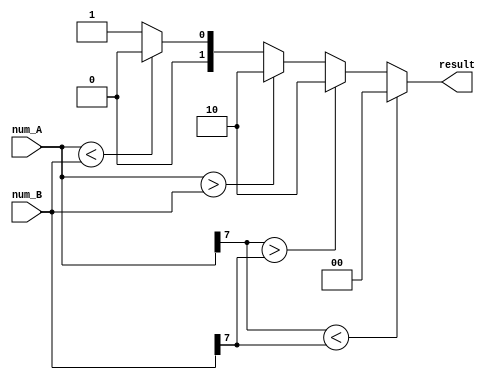
module signed_magnitude_comparator (
    input signed [7:0] num_A,
    input signed [7:0] num_B,
    output reg [1:0] result // 2-bit output: 00 for A<B, 01 for A=B, 10 for A>B
);

always @ (*) begin
    if (num_A[7] < num_B[7]) begin
        result = 2'b00; // A is less than B
    end else if (num_A[7] > num_B[7]) begin
        result = 2'b10; // A is greater than B
    end else begin
        if (num_A > num_B) begin
            result = 2'b10; // A is greater than B
        end else if (num_A < num_B) begin
            result = 2'b00; // A is less than B
        end else begin
            result = 2'b01; // A is equal to B
        end
    end
end

endmodule